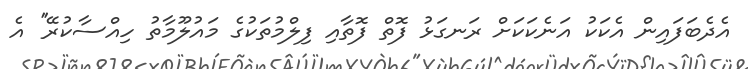
އެދެބަފައިން އެކަކު އަނެކަކަށް ރަނގަޅު ފޮތް ފޮތާއި ފިލްމުތަކުގެ މައުލޫމާތު ހިއްސާކުރޭ'' އެ